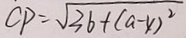
C P = \sqrt { 3 6 + ( a - x ) ^ { 2 } }